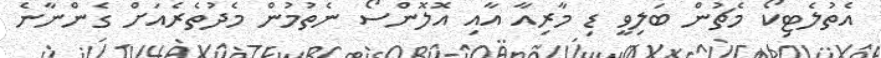
އެތުލެޓިކޯ މެޗުން ބަލިވީ ޑި މާރިއާ އާއި އޮލޮންސޯ ނެތުމުން މެދުތެރެއަށް ގެންނާނެ